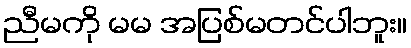
ညီမကို မမ အပြစ်မတင်ပါဘူး။